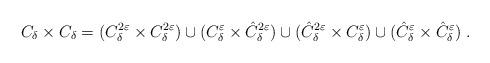
LaTeX: \begin{align*}C_{\delta}\times C_{\delta}=(C_{\delta}^{2\varepsilon}\times C_{\delta}^{2\varepsilon})\cup(C_{\delta}^{\varepsilon}\times\hat{C}_{\delta}^{2\varepsilon})\cup(\hat{C}_{\delta}^{2\varepsilon}\times C_{\delta}^{\varepsilon})\cup(\hat{C}_{\delta}^{\varepsilon}\times\hat{C}_{\delta}^{\varepsilon})~.\end{align*}